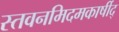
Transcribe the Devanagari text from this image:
स्तवनमिदमकार्षीद्